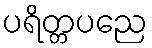
ပရိတ္တပညေ